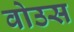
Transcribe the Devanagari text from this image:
वोउस